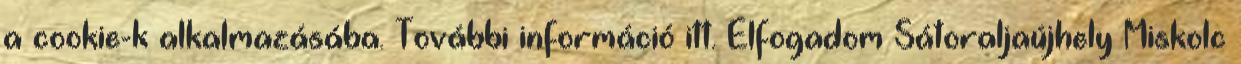
a cookie-k alkalmazásába. További információ itt. Elfogadom Sátoraljaújhely Miskolc